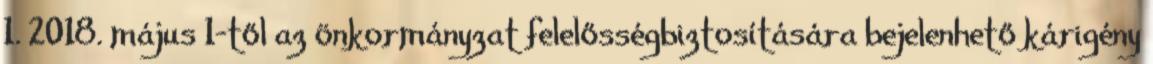
1. 2018. május 1-től az önkormányzat felelősségbiztosítására bejelenhető kárigény